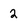
Character: 2